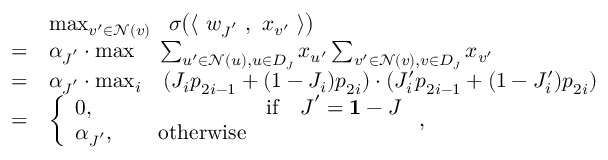
\begin{array} { r l } & { \operatorname* { m a x } _ { v ^ { \prime } \in \mathcal { N } ( v ) } ~ ~ \sigma \big ( \langle ~ { \boldsymbol w } _ { { \boldsymbol J } ^ { \prime } } ~ , ~ { \boldsymbol x } _ { v ^ { \prime } } ~ \rangle \big ) } \\ { = } & { \alpha _ { { \boldsymbol J } ^ { \prime } } \cdot \operatorname* { m a x } ~ ~ ~ \sum _ { u ^ { \prime } \in \mathcal { N } ( u ) , u \in D _ { \boldsymbol J } } { \boldsymbol x } _ { u ^ { \prime } } \sum _ { v ^ { \prime } \in \mathcal { N } ( v ) , v \in D _ { \boldsymbol J } } { \boldsymbol x } _ { v ^ { \prime } } } \\ { = } & { \alpha _ { { \boldsymbol J } ^ { \prime } } \cdot \operatorname* { m a x } _ { i } ~ ~ ~ ( J _ { i } { \boldsymbol p } _ { 2 i - 1 } + ( 1 - J _ { i } ) { \boldsymbol p } _ { 2 i } ) \cdot ( J _ { i } ^ { \prime } { \boldsymbol p } _ { 2 i - 1 } + ( 1 - J _ { i } ^ { \prime } ) { \boldsymbol p } _ { 2 i } ) } \\ { = } & { \displaystyle \left\{ \begin{array} { l l } { 0 , \qquad \qquad \mathrm { ~ ~ ~ ~ ~ ~ ~ ~ ~ ~ ~ ~ i f } \quad { \boldsymbol J } ^ { \prime } = { { \bf 1 } } - { \boldsymbol J } } \\ { \alpha _ { { \boldsymbol J } ^ { \prime } } , \qquad \mathrm { o t h e r w i s e } } \end{array} \right. , } \end{array}